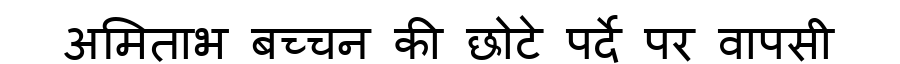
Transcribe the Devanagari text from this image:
अमिताभ बच्चन की छोटे पर्दे पर वापसी